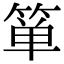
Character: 箪